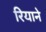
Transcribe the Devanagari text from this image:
रियाने